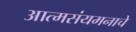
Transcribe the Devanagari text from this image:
आत्मसंयमनाचे